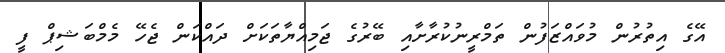
އޭގެ އިތުރުން މުވައްޒަފުން ތަމްރީނުކުރާށާއި ބޭރުގެ ޖަމިއްޔާތަކަށް ދައްކަން ޖެހޭ މެމްބަޝިޕް ފީ